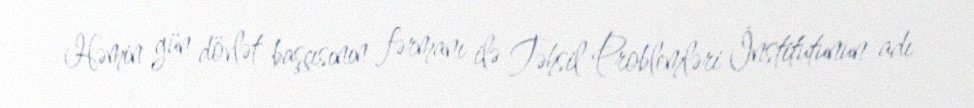
Həmin gün dövlət başçısının fərmanı ilə Təhsil Problemləri İnstitutunun adı